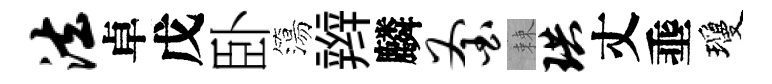
法卓戊卧簜辫麟釜棘珙丈埀瓊